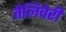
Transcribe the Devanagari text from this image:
तेलिचेरी